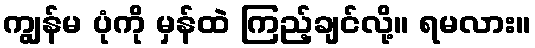
ကျွန်မ ပုံကို မှန်ထဲ ကြည့်ချင်လို့။ ရမလား။